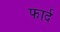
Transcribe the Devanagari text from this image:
फार्द